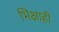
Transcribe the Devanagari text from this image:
भिक्षाही